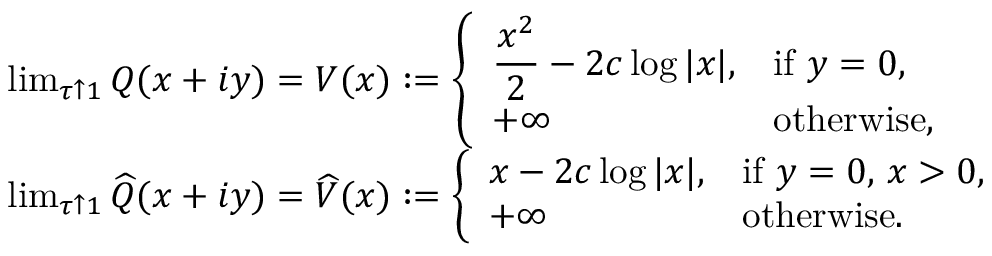
\begin{array} { r l } & { \operatorname* { l i m } _ { \tau \uparrow 1 } Q ( x + i y ) = V ( x ) : = \left\{ \begin{array} { l l } { \displaystyle \frac { x ^ { 2 } } { 2 } - 2 c \log | x | , } & { \mathrm { i f ~ } y = 0 , \smallskip } \\ { + \infty } & { \mathrm { o t h e r w i s e } , } \end{array} \right. } \\ & { \operatorname* { l i m } _ { \tau \uparrow 1 } \widehat { Q } ( x + i y ) = \widehat { V } ( x ) : = \left\{ \begin{array} { l l } { \displaystyle x - 2 c \log | x | , } & { \mathrm { i f ~ } y = 0 , \, x > 0 , \smallskip } \\ { + \infty } & { \mathrm { o t h e r w i s e } . } \end{array} \right. } \end{array}